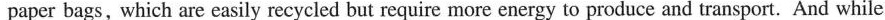
paper bags, which are easily recycled but require more energy to produce and transport. And while